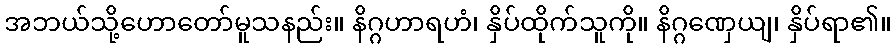
အဘယ်သို့ဟောတော်မူသနည်း။ နိဂ္ဂဟာရဟံ၊ နှိပ်ထိုက်သူကို။ နိဂ္ဂဏှေယျ၊ နှိပ်ရာ၏။